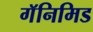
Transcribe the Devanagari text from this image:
गॅनिमिड